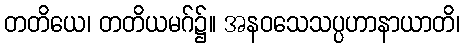
တတိယေ၊ တတိယမဂ်၌။ အနဝသေသပ္ပဟာနာယာတိ၊